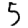
Digit: 5